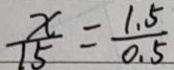
\frac { x } { 1 5 } = \frac { 1 . 5 } { 0 . 5 }